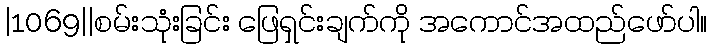
|1069||စမ်းသုံးခြင်း ဖြေရှင်းချက်ကို အကောင်အထည်ဖော်ပါ။